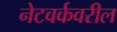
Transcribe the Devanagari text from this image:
नेटवर्कवरील